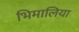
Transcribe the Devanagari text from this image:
भिमालिया